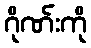
ဂိုဏ်းကို